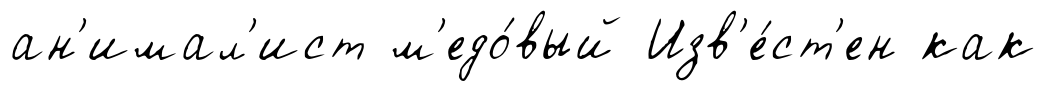
ан'имал'ист м'едо́вый Изв'е́ст'ен как